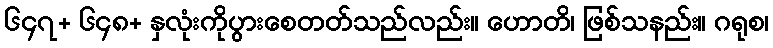
၆၄၇+ ၆၄၈+ နှလုံးကိုပွားစေတတ်သည်လည်း။ ဟောတိ၊ ဖြစ်သနည်း။ ဂရုစ၊